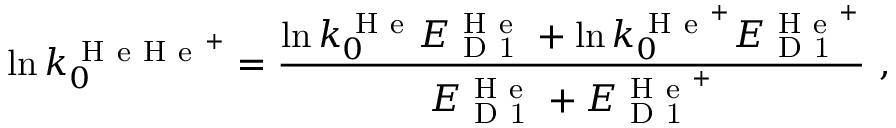
\ln k _ { 0 } ^ { \mathrm { ~ H ~ e ~ H ~ e ~ } ^ { + } } = \frac { \ln k _ { 0 } ^ { \mathrm { ~ H ~ e ~ } } E _ { \mathrm { ~ D ~ 1 ~ } } ^ { \mathrm { ~ H ~ e ~ } } + \ln k _ { 0 } ^ { \mathrm { ~ H ~ e ~ } ^ { + } } E _ { \mathrm { ~ D ~ 1 ~ } } ^ { \mathrm { ~ H ~ e ~ } ^ { + } } } { E _ { \mathrm { ~ D ~ 1 ~ } } ^ { \mathrm { ~ H ~ e ~ } } + E _ { \mathrm { ~ D ~ 1 ~ } } ^ { \mathrm { ~ H ~ e ~ } ^ { + } } } \ ,